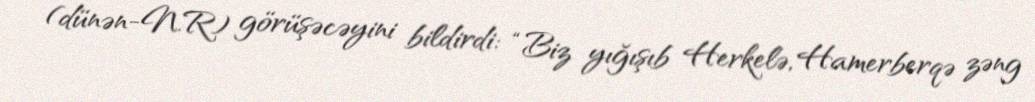
(dünən-N.R) görüşəcəyini bildirdi: “Biz yığışıb Herkelə, Hamerberqə zəng